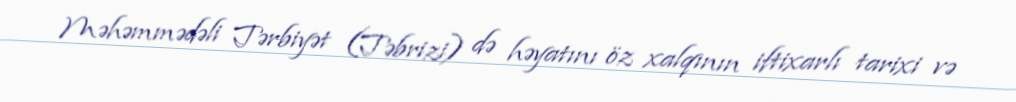
Məhəmmədəli Tərbiyət (Təbrizi) də həyatını öz xalqının iftixarlı tarixi və